Lunatic asylums Madras 1892-1911 - 1892-1911
Year: 1892
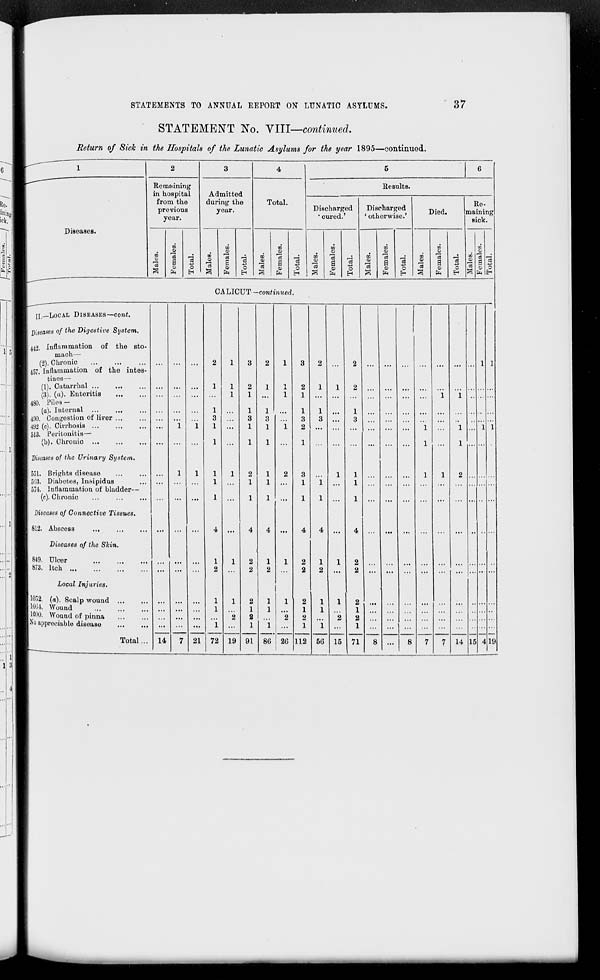
STATEMENTS TO ANNUAL REPORT ON LUNATIC ASYLUMS.
37
STATEMENT No. VIII—continued.
Return of Sick in the Hospitals of the Lunatic Asylums for the year 1895—continued.
Diseases.
2
3
4
5
6
Remaining
Results.
in hospital
from the
Admitted
during the
Total.
Re-
previous
year.
year.
Discharged
' cured.'
Discharged
' otherwise.'
Died.
maining
Hick.
03
<o
09
09
o5
09
Hi
ct>
O
<U
<D
o
-
to
13
13
S o
fa
o
in
a
"3
fa
13
O
H
10
Wr-I
*3
13
g
fa
o
09
CD
13
a
3
S
CD
fa
O
H
OS
CO
13
13
a 9
fa
O
00
13
a
1
a
05
fa
13
C
EH
so
13
a
|
fa
13
0
OALIOUT—continued.
II.—LOCAL DISEASES—cont.
Diseases of the Digestive System.
1442, Inflammation of the sto-
mach—
(2). Chronic
1457. Inflammation of the intes-
tines—
(1). Catarrhal
(3). (a). Enteritis
480. Piles —
(<z). Internal ...
490. Congestion of liver ...
492 (c). Cirrhosis
513. Peritonitis—
(b). Chronic
Diseases of the Urinary System.
55L. Brights disease
503. Diabetes, Insipidus
574. Inflammation of bladder—
(c). Chronic
Diseases of Connective Tissues.
812. Abscess
...
Diseases of the Skin.
849. Ulcer
873. Itch
Local Injuries.
1052. (a). Scalp wound
,
1004. Wound
11090. Wound of pinna
|No appreciable disease
,
Total.., 14
21 72
1
2
19
2
1
2
1
91 86
1
2
20
2
1
2
1
112 5(3 15
•1.
2
1
2
1
71
14 15
19